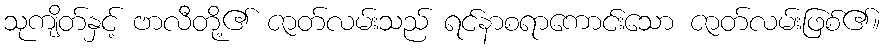
သုကျိတ်နှင့် ဗာလီတို့၏ ဇာတ်လမ်းသည် ရင်နာစရာကောင်းသော ဇာတ်လမ်းဖြစ်၏။